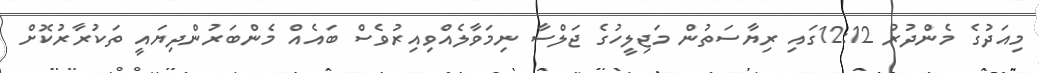
މިއަދުގެ މެންދުރު 12:12ގައި ރިޔާސަތުން މަޖިލީހުގެ ޖަލްސާ ނިމަވާލެއްވިއިރުވެސް ބައެއް މެންބަރުންދިޔައީ ތަކުރާރުކޮށް